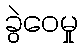
ခွဲဝေမှု